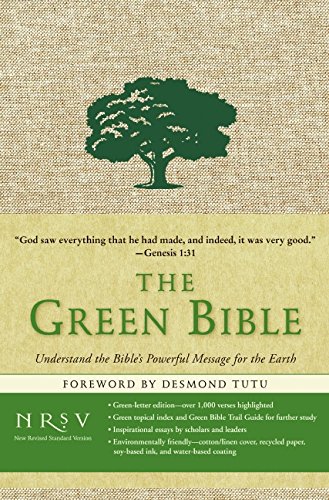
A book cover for The Green Bible; Harper Bibles; Science & Math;